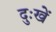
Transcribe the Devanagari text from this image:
दुःखें